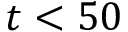
t < 5 0